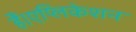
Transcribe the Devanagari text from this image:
हैं।एप्लिकेशन